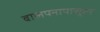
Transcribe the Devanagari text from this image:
बालपनापासुरन